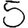
Digit: 5